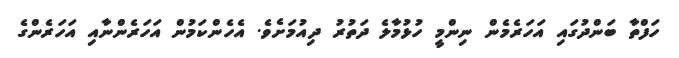
ހަފްތާ ބަންދުގައި އަހަރެމެން ނިންމީ ހުޅުމާލެ ދަތުރު ދިއުމަށެވެ. އެހެންކަމުން އަހަރެންނާއި އަހަރެންގެ